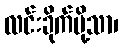
လင်းခိုက်မို့သာ၊